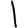
Digit: 1